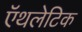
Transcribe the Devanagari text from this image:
ऍथलेटिक